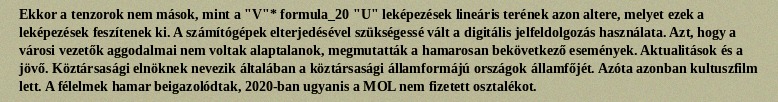
Ekkor a tenzorok nem mások, mint a "V"* formula_20 "U" leképezések lineáris terének azon altere, melyet ezek a leképezések feszítenek ki. A számítógépek elterjedésével szükségessé vált a digitális jelfeldolgozás használata. Azt, hogy a városi vezetők aggodalmai nem voltak alaptalanok, megmutatták a hamarosan bekövetkező események. Aktualitások és a jövő. Köztársasági elnöknek nevezik általában a köztársasági államformájú országok államfőjét. Azóta azonban kultuszfilm lett. A félelmek hamar beigazolódtak, 2020-ban ugyanis a MOL nem fizetett osztalékot.